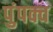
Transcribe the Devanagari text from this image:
पुंपक्व